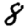
Digit: 8